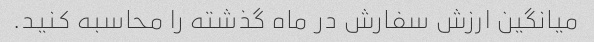
میانگین ارزش سفارش در ماه گذشته را محاسبه کنید.